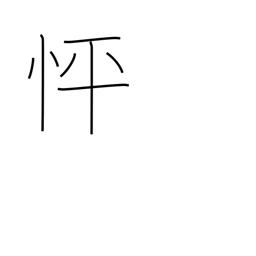
Meaning: in a hurry